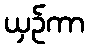
ယှဉ်ကာ